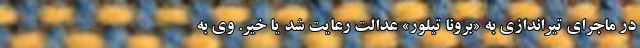
در ماجرای تیراندازی به «برونا تیلور» عدالت رعایت شد یا خیر. وی به